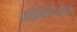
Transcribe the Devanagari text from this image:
व्यक्तिरेखेस